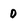
Character: 0